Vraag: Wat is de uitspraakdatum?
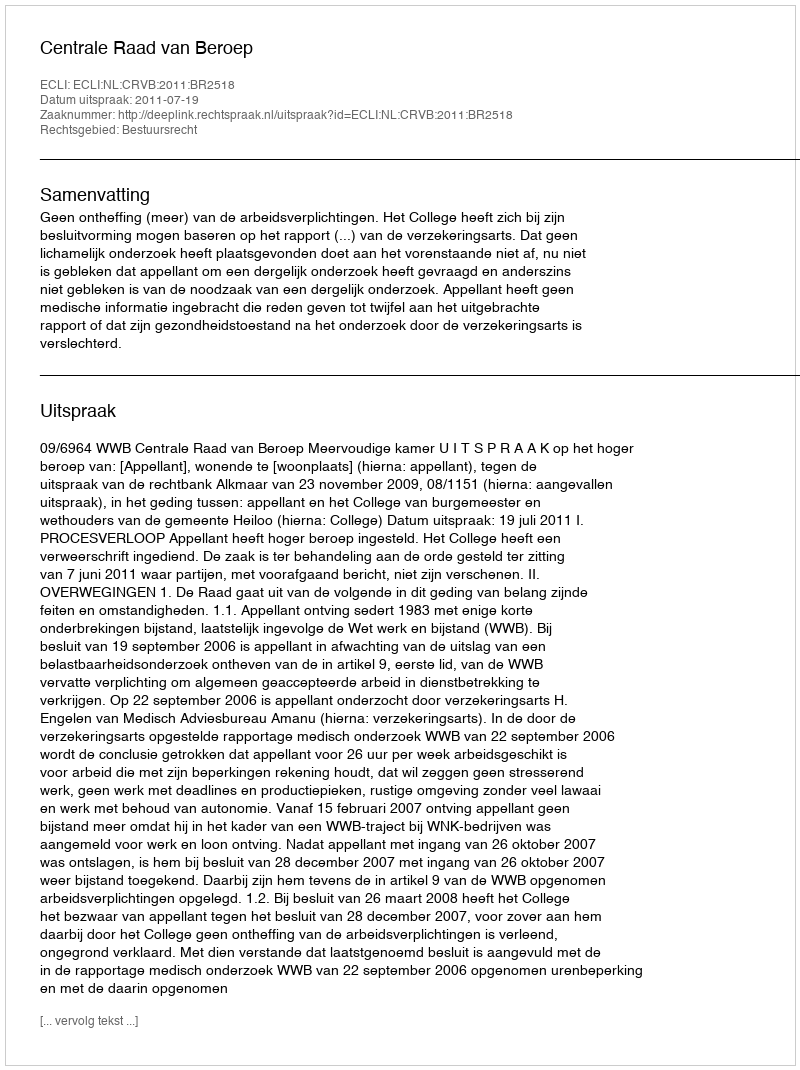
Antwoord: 2011-07-19